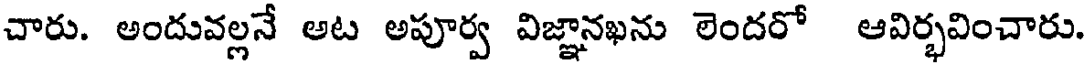
చారు. అందువల్లనే అట అపూర్వ విజ్ఞానఖను లెందరో ఆవిర్భవించారు.